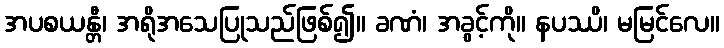
အပစယန္တီ၊ အရိုအသေပြုသည်ဖြစ်၍။ ခဏံ၊ အခွင့်ကို။ နပဿိ၊ မမြင်လေ။